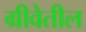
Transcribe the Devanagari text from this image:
ग्रीवेतील